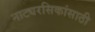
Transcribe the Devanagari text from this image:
नाट्यरसिकांसाठी